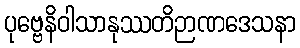
ပုဗ္ဗေနိဝါသာနုဿတိဉာဏဒေသနာ